Notes on vaccination in the North-West Frontier Province 1923-1928 - 1923-1928
Year: 1923
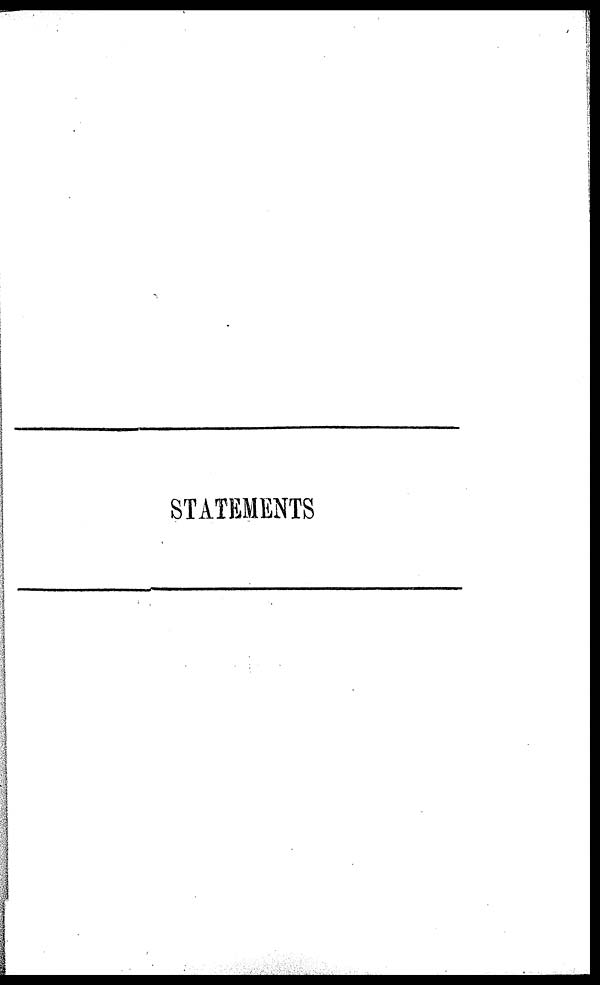
STATEMENTS